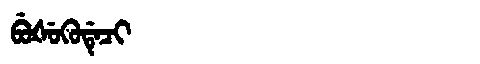
Manchu: ᠪᡠᡧᡠᡴᡠᡩᡝᠴᡳ
Romanization: BUŠUKUDECI